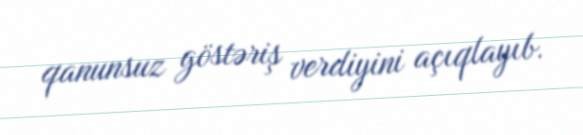
qanunsuz göstəriş verdiyini açıqlayıb.